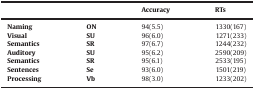
|  |  | Accuracy | RTs |
 | --- | --- | --- | --- |
 | Naming | ON | 94(5.5) | 1330(167) |
 | Visual | SU | 96(6.0) | 1271(233) |
 | Semantics | SR | 97(6.7) | 1244(232) |
 | Auditory | SU | 95(6.2) | 2590(209) |
 | Semantics | SR | 95(6.1) | 2533(195) |
 | Sentences | Se | 93(6.0) | 1501(219) |
 | Processing | Vb | 98(3.0) | 1233(202) |